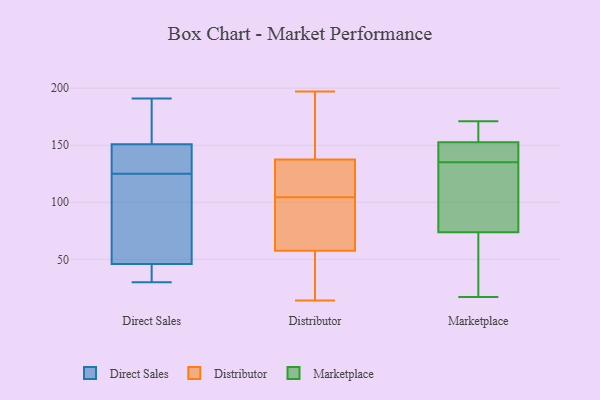
{"axis": {"x": "Tickets Resolved", "y": "Value"}, "legend": ["Direct Sales", "Distributor", "Marketplace"], "data": [{"x": "", "y": 146, "type": "Direct Sales"}, {"x": "", "y": 123, "type": "Direct Sales"}, {"x": "", "y": 30, "type": "Direct Sales"}, {"x": "", "y": 93, "type": "Direct Sales"}, {"x": "", "y": 30, "type": "Direct Sales"}, {"x": "", "y": 191, "type": "Direct Sales"}, {"x": "", "y": 51, "type": "Direct Sales"}, {"x": "", "y": 153, "type": "Direct Sales"}, {"x": "", "y": 150, "type": "Direct Sales"}, {"x": "", "y": 181, "type": "Direct Sales"}, {"x": "", "y": 143, "type": "Direct Sales"}, {"x": "", "y": 31, "type": "Direct Sales"}, {"x": "", "y": 125, "type": "Direct Sales"}, {"x": "", "y": 77, "type": "Distributor"}, {"x": "", "y": 197, "type": "Distributor"}, {"x": "", "y": 146, "type": "Distributor"}, {"x": "", "y": 23, "type": "Distributor"}, {"x": "", "y": 62, "type": "Distributor"}, {"x": "", "y": 134, "type": "Distributor"}, {"x": "", "y": 62, "type": "Distributor"}, {"x": "", "y": 128, "type": "Distributor"}, {"x": "", "y": 183, "type": "Distributor"}, {"x": "", "y": 14, "type": "Distributor"}, {"x": "", "y": 141, "type": "Distributor"}, {"x": "", "y": 74, "type": "Distributor"}, {"x": "", "y": 113, "type": "Distributor"}, {"x": "", "y": 103, "type": "Distributor"}, {"x": "", "y": 14, "type": "Distributor"}, {"x": "", "y": 106, "type": "Distributor"}, {"x": "", "y": 132, "type": "Distributor"}, {"x": "", "y": 53, "type": "Distributor"}, {"x": "", "y": 169, "type": "Distributor"}, {"x": "", "y": 25, "type": "Distributor"}, {"x": "", "y": 157, "type": "Marketplace"}, {"x": "", "y": 150, "type": "Marketplace"}, {"x": "", "y": 151, "type": "Marketplace"}, {"x": "", "y": 88, "type": "Marketplace"}, {"x": "", "y": 136, "type": "Marketplace"}, {"x": "", "y": 69, "type": "Marketplace"}, {"x": "", "y": 171, "type": "Marketplace"}, {"x": "", "y": 135, "type": "Marketplace"}, {"x": "", "y": 153, "type": "Marketplace"}, {"x": "", "y": 155, "type": "Marketplace"}, {"x": "", "y": 69, "type": "Marketplace"}, {"x": "", "y": 17, "type": "Marketplace"}, {"x": "", "y": 121, "type": "Marketplace"}, {"x": "", "y": 108, "type": "Marketplace"}, {"x": "", "y": 28, "type": "Marketplace"}]}